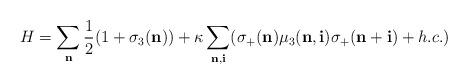
LaTeX: \begin{align*}H = \sum_{\bf n} \frac{1}{2}(1+\sigma_{3}({\bf n}))+\kappa\sum_{{\bf n},{\bf i}} ( \sigma_{+}({\bf n}) \mu_{3}({\bf n},{\bf i}) \sigma_{+}({\bf n+i})+ h.c.)\end{align*}